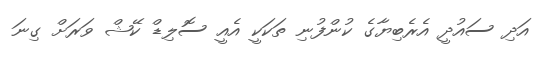
އަދި ސައުދީ އެރެބިޔާގެ ކުންފުނި ތަކަކީ އެއީ ސޮލިޑް ކޭޝް ވަރަށް ގިނަ